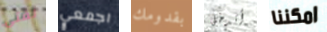
لفتى اجمعي بقدومك أتدخل امكننا